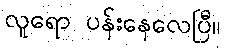
လူရော ပန်းနေလေပြီ။